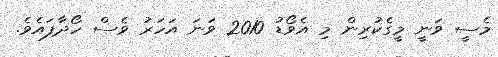
މެސީ ވަނީ މީގެކުރިން މި އެވޯޑު 2010 ވަނަ އަހަރު ވެސް ހޯދާފައެވެ.